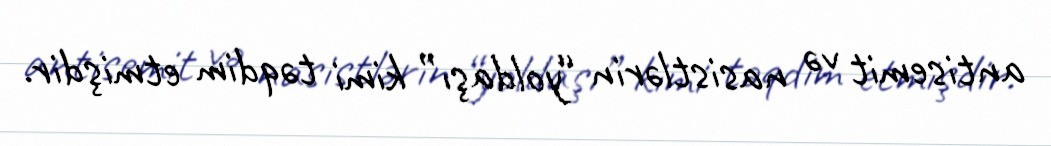
antisemit və nasistlərin “yoldaşı” kimi təqdim etmişdir.